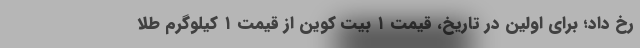
رخ داد؛ برای اولین در تاریخ، قیمت ۱ بیت کوین از قیمت ۱ کیلوگرم طلا